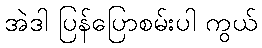
အဲဒါ ပြန်ပြောစမ်းပါ ကွယ်